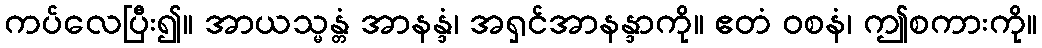
ကပ်လေပြီး၍။ အာယသ္မန္တံ အာနန္ဒံ၊ အရှင်အာနန္ဒာကို။ ဧတံ ဝစနံ၊ ဤစကားကို။